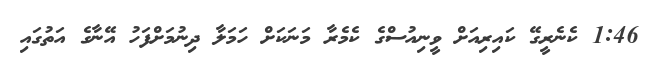
1:46 ކެނެރީގޭ ކައިރިއަށް ވީނިއުސްގެ ކެމެރާ މަނަކަށް ހަމަލާ ދިނުމަށްފަހު އޭނާގެ އަތުގައި